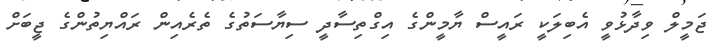
ޖަމީލް ވިދާޅުވީ އެބިލަކީ ރައީސް ޔާމީންގެ އިގްތިސާދީ ސިޔާސަތުގެ ތެރެއިން ރައްޔިތުންގެ ޖީބަށް